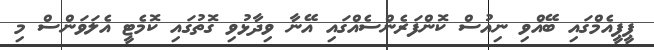
ޕީޕީއެމްގައި ބޭއްވި ނިއުސް ކޮންފަރެންސެއްގައި އޭނާ ވިދާޅުވި ގޮތުގައި ކޮމެޓީ އެލަވަންސް މި